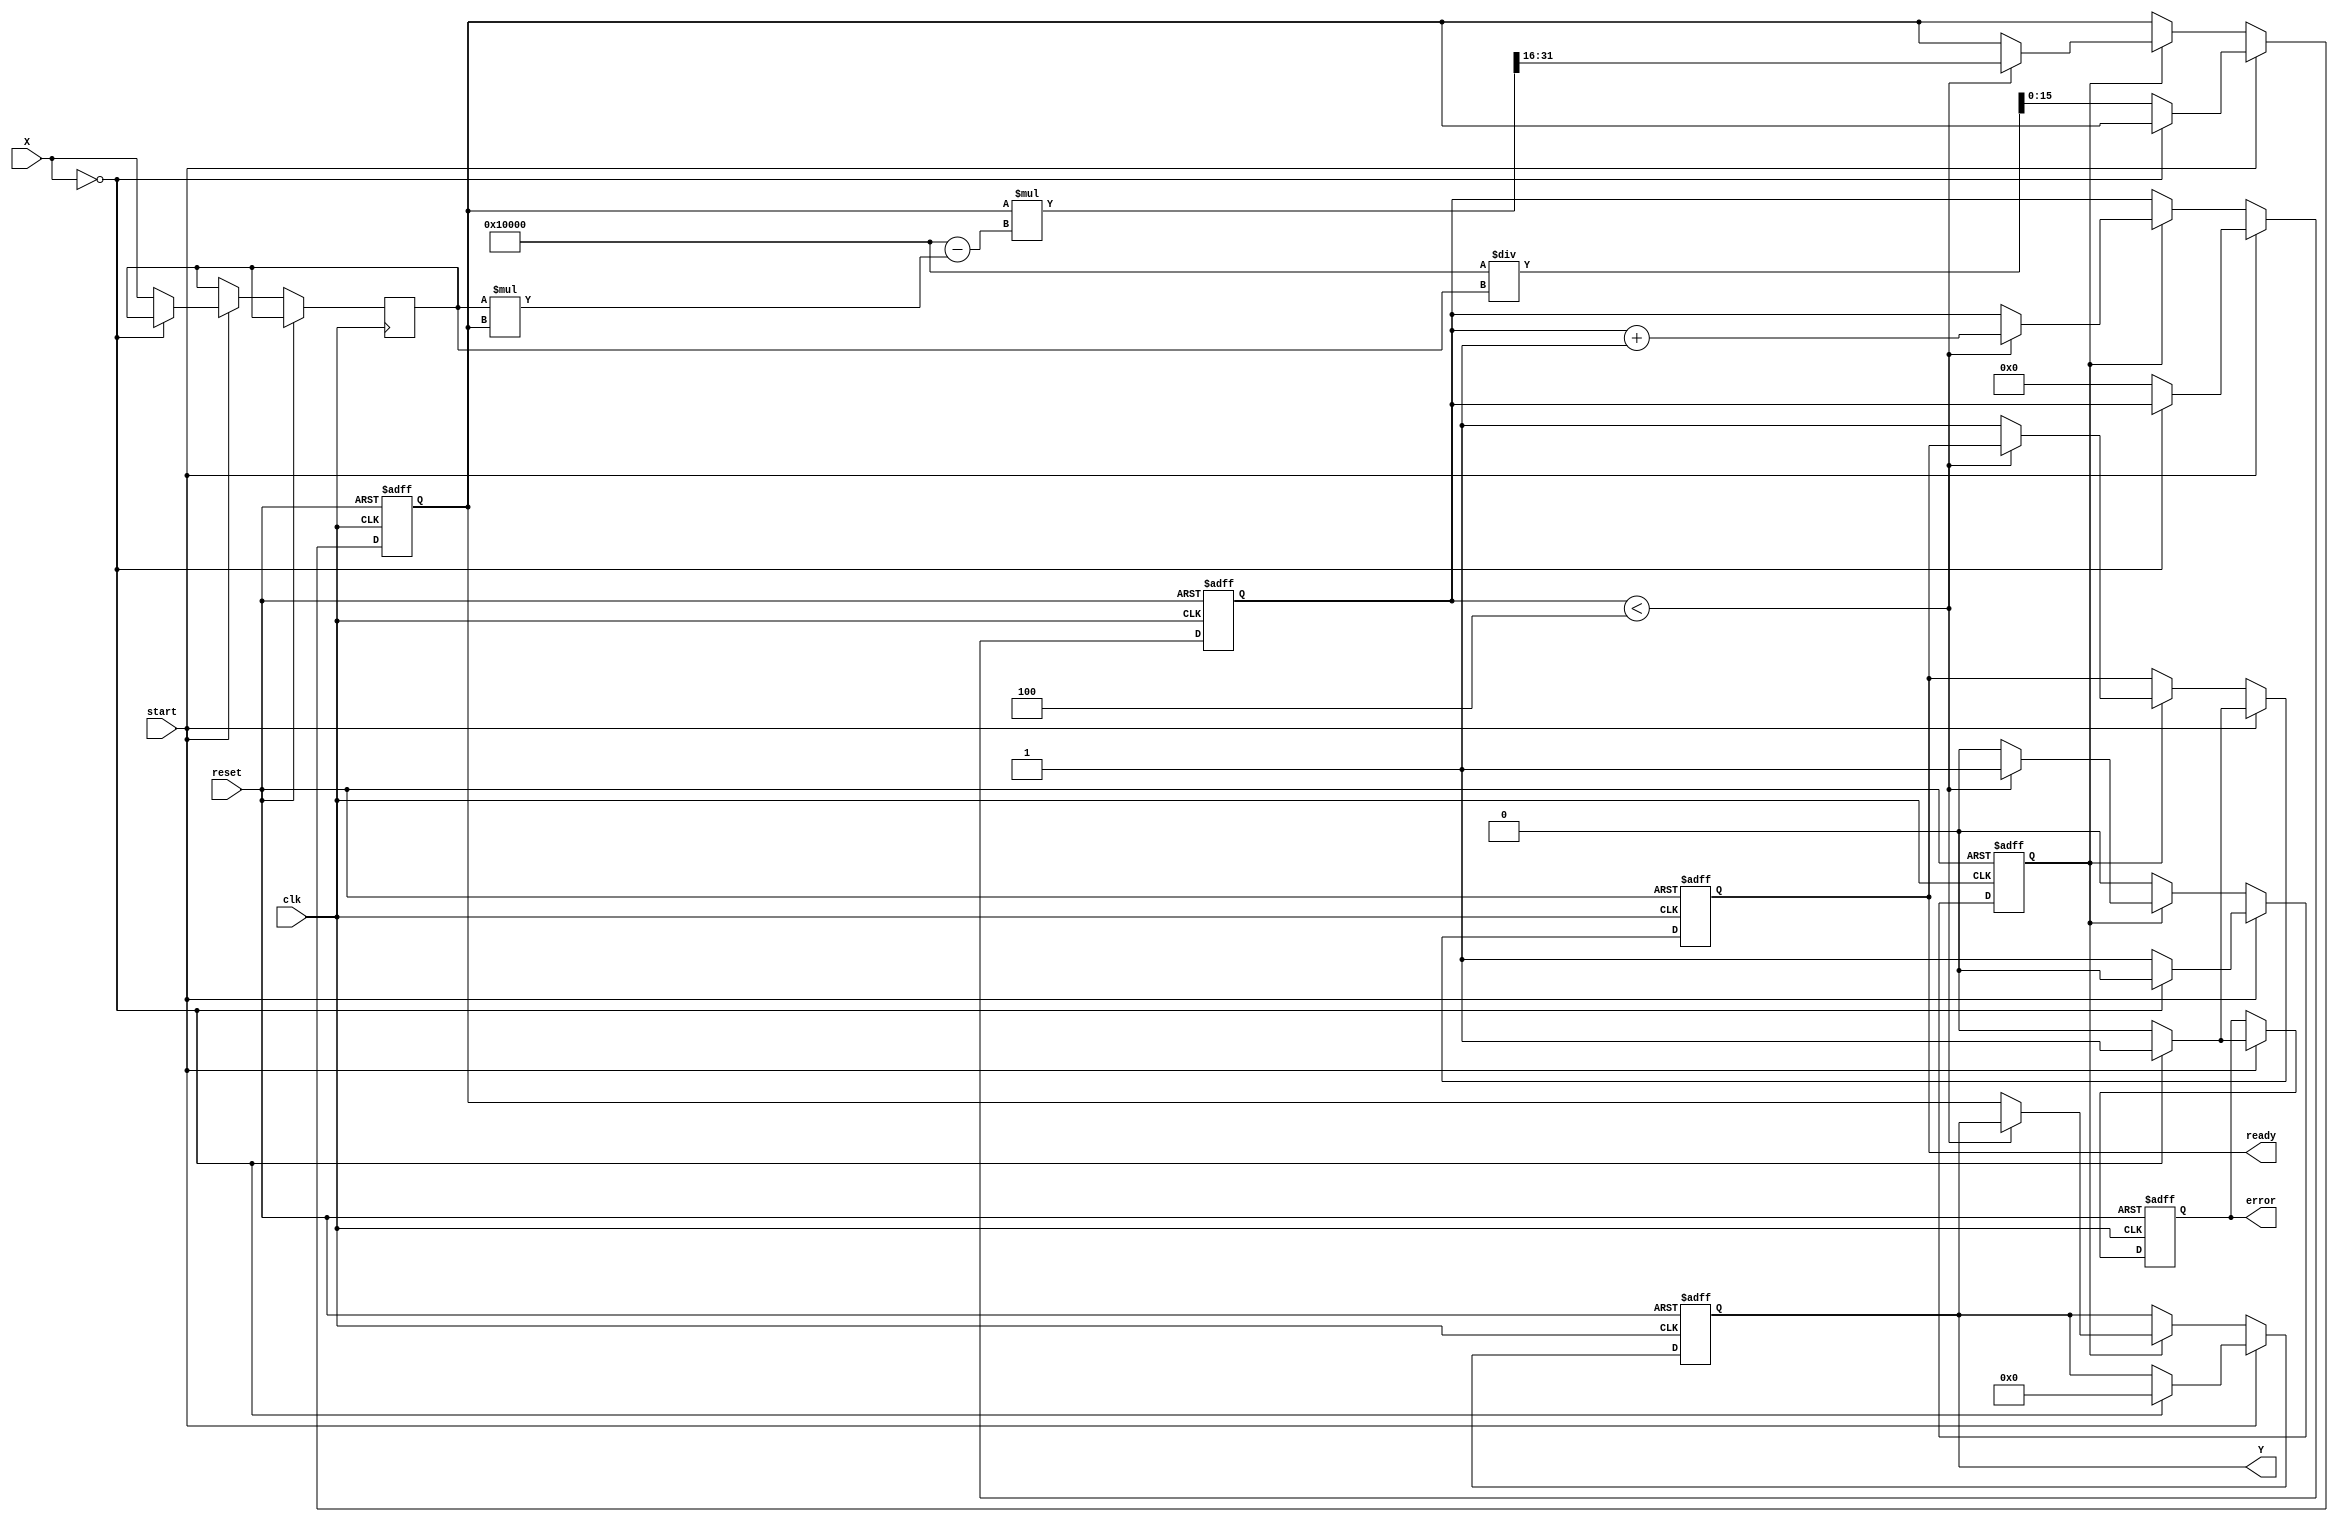
module FixedPointReciprocal #(
    parameter WIDTH = 16,      // Total bit-width of input/output
    parameter INTEGER_WIDTH = 8 // Integer part width
)(
    input wire clk,
    input wire reset,
    input wire [WIDTH-1:0] X,  // Input Data (Qm.n)
    input wire start,           // Start signal for the computation
    output reg [WIDTH-1:0] Y,   // Output Data (Qm.n)
    output reg ready,           // Ready signal to indicate output availability
    output reg error            // Error signal for division by zero
);

    // Internal states
    reg [WIDTH-1:0] x_reg; // Input register
    reg [WIDTH-1:0] approx; // Current approximation
    reg [3:0] count;        // Iteration count
    reg valid;              // Flag to indicate a valid input

    // State machine for computing reciprocal
    always @(posedge clk or posedge reset) begin
        if (reset) begin
            Y <= 0;
            ready <= 0;
            error <= 0;
            count <= 0;
            approx <= 0;
            valid <= 0;
        end else if (start) begin
            // Check for division by zero
            if (X == 0) begin
                error <= 1;
                valid <= 0;
                ready <= 1;
                Y <= 0; // Output 0 or handle as needed
            end else begin
                error <= 0;
                valid <= 1;
                ready <= 0;
                x_reg <= X;

                // Initial approximation (1 / X), can be improved based on application
                approx <= (1 << WIDTH) / x_reg; // 2^WIDTH / X
                count <= 0;
            end
        end else if (valid) begin
            if (count < 4) begin // Number of iterations can be adjusted
                // Newton-Raphson iteration: approx = approx * (2 - x_reg * approx)
                approx <= approx * (2 ** WIDTH - x_reg * approx) >> WIDTH; // Shift right to maintain precision
                count <= count + 1;
            end else begin // After iterations, output the result
                Y <= approx;
                ready <= 1;
                valid <= 0;
            end
        end
    end
endmodule